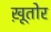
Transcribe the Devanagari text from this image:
ख़ूतोर